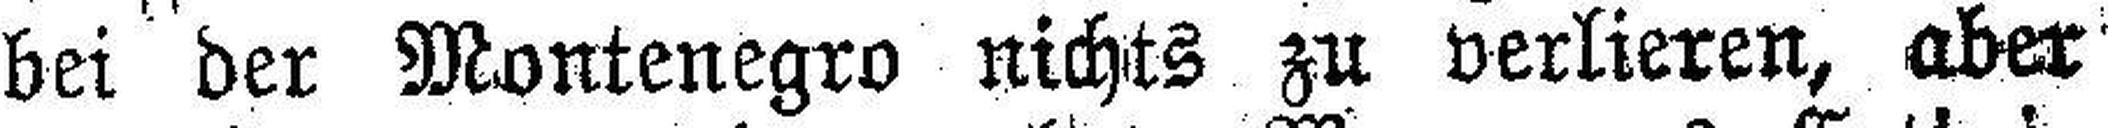
bei der Montenegro nichts zu verlieren, aber